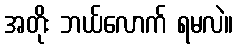
အတိုး ဘယ်လောက် ရမလဲ။